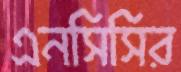
এনসিসির